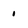
Character: 1